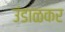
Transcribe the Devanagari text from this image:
उंडाळकर